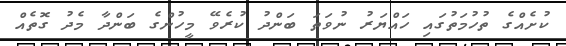
ކުށެއްގެ ތުހުމަތުގައި ހައްޔަރު ނުވަތަ ބަންދު ކުރެވޭ މީހުންގެ ބަންދާ މެދު ގޮތެއް